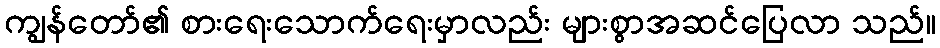
ကျွန်တော်၏ စားရေးသောက်ရေးမှာလည်း များစွာအဆင်ပြေလာ သည်။